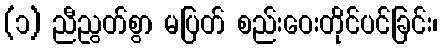
(၁) ညီညွတ်စွာ မပြတ် စည်းဝေးတိုင်ပင်ခြင်း၊